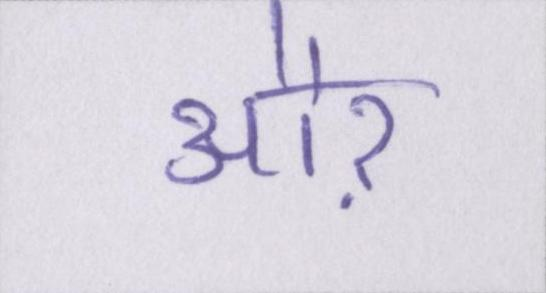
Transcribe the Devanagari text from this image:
औऱ